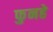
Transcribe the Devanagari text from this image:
फुनहे